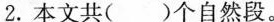
2.本文共()个自然段。